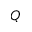
Q